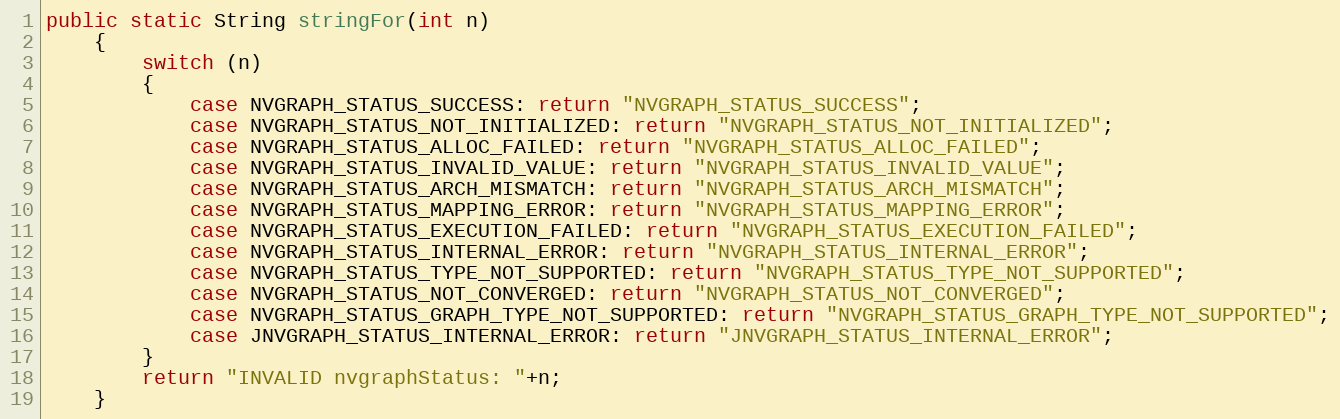
Language: Java
public static String stringFor(int n)
    {
        switch (n)
        {
            case NVGRAPH_STATUS_SUCCESS: return "NVGRAPH_STATUS_SUCCESS";
            case NVGRAPH_STATUS_NOT_INITIALIZED: return "NVGRAPH_STATUS_NOT_INITIALIZED";
            case NVGRAPH_STATUS_ALLOC_FAILED: return "NVGRAPH_STATUS_ALLOC_FAILED";
            case NVGRAPH_STATUS_INVALID_VALUE: return "NVGRAPH_STATUS_INVALID_VALUE";
            case NVGRAPH_STATUS_ARCH_MISMATCH: return "NVGRAPH_STATUS_ARCH_MISMATCH";
            case NVGRAPH_STATUS_MAPPING_ERROR: return "NVGRAPH_STATUS_MAPPING_ERROR";
            case NVGRAPH_STATUS_EXECUTION_FAILED: return "NVGRAPH_STATUS_EXECUTION_FAILED";
            case NVGRAPH_STATUS_INTERNAL_ERROR: return "NVGRAPH_STATUS_INTERNAL_ERROR";
            case NVGRAPH_STATUS_TYPE_NOT_SUPPORTED: return "NVGRAPH_STATUS_TYPE_NOT_SUPPORTED";
            case NVGRAPH_STATUS_NOT_CONVERGED: return "NVGRAPH_STATUS_NOT_CONVERGED";
            case NVGRAPH_STATUS_GRAPH_TYPE_NOT_SUPPORTED: return "NVGRAPH_STATUS_GRAPH_TYPE_NOT_SUPPORTED";
            case JNVGRAPH_STATUS_INTERNAL_ERROR: return "JNVGRAPH_STATUS_INTERNAL_ERROR";
        }
        return "INVALID nvgraphStatus: "+n;
    }